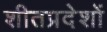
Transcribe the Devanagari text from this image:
शीतप्रदेशों